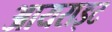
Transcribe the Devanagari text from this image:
आयराइट